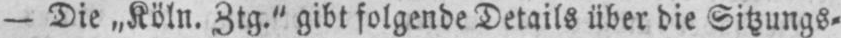
- Die „Köln. Ztg.” gibt folgende Details über die Sitzungs⸗